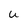
Character: U